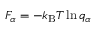
F _ { \alpha } = - k _ { \mathrm { B } } T \ln q _ { \alpha }